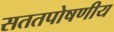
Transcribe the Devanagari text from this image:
सततपोषणीय